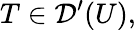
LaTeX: T\in{\mathcal{D}}^{\prime}(U),